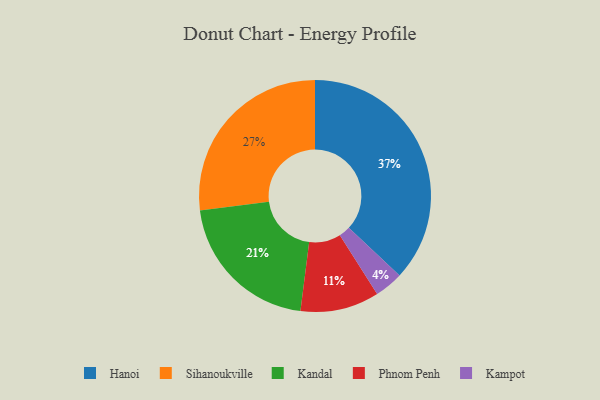
{"axis": {"x": "Category", "y": "Percentage"}, "legend": ["Hanoi", "Kampot", "Kandal", "Phnom Penh", "Sihanoukville"], "data": [{"x": "Hanoi", "y": 37, "type": "Hanoi"}, {"x": "Phnom Penh", "y": 11, "type": "Phnom Penh"}, {"x": "Kandal", "y": 21, "type": "Kandal"}, {"x": "Kampot", "y": 4, "type": "Kampot"}, {"x": "Sihanoukville", "y": 27, "type": "Sihanoukville"}]}